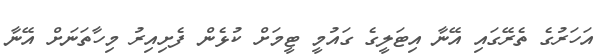
އަހަރުގެ ތެރޭގައި އޭނާ އިޓަލީގެ ގައުމީ ޓީމަށް ކުޅެން ފެށިއިރު މިހާތަނަށް އޭނާ